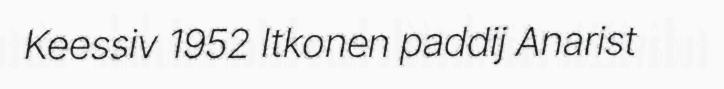
Keessiv 1952 Itkonen paddij Anarist